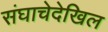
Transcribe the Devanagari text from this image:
संघाचेदेखिल